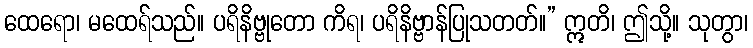
ထေရော၊ မထေရ်သည်။ ပရိနိဗ္ဗုတော ကိရ၊ ပရိနိဗ္ဗာန်ပြုသတတ်။” ဣတိ၊ ဤသို့။ သုတွာ၊